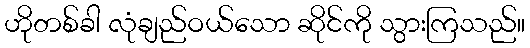
ဟိုတစ်ခါ လုံချည်ဝယ်သော ဆိုင်ကို သွားကြသည်။